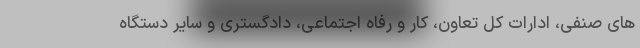
های صنفی، ادارات کل تعاون، کار و رفاه اجتماعی، دادگستری و سایر دستگاه